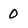
Character: 0